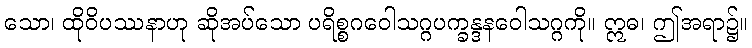
သော၊ ထိုဝိပဿနာဟု ဆိုအပ်သော ပရိစ္စဂဝေါသဂ္ဂပက္ခန္ဒနဝေါသဂ္ဂကို။ ဣဓ၊ ဤအရာ၌။